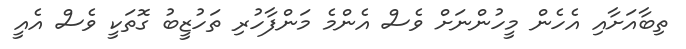
ތިބާއަށާއި އެހެން މީހުންނަށް ވެސް އެންމެ މަންފާހުރި ތަހުޒީބު ގޮތަކީ ވެސް އެއީ